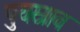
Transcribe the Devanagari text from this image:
पुयस्राव